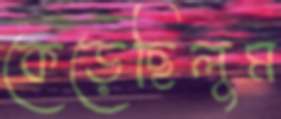
কেড়েছিলুম